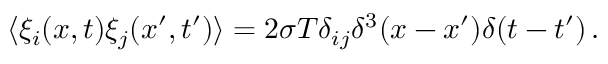
\langle \xi _ { i } ( x , t ) \xi _ { j } ( x ^ { \prime } , t ^ { \prime } ) \rangle = 2 \sigma T \delta _ { i j } \delta ^ { 3 } ( x - x ^ { \prime } ) \delta ( t - t ^ { \prime } ) \, .